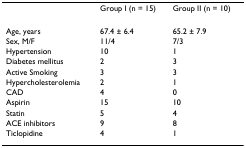
<table><thead><tr><td></td><td><b>Group I (n = 15)</b></td><td><b>Group II (n = 10)</b></td></tr></thead><tbody><tr><td>Age, years</td><td>67.4 ± 6.4</td><td>65.2 ± 7.9</td></tr><tr><td>Sex, M/F</td><td>11/4</td><td>7/3</td></tr><tr><td>Hypertension</td><td>10</td><td>1</td></tr><tr><td>Diabetes mellitus</td><td>2</td><td>3</td></tr><tr><td>Active Smoking</td><td>3</td><td>3</td></tr><tr><td>Hypercholesterolemia</td><td>2</td><td>1</td></tr><tr><td>CAD</td><td>4</td><td>0</td></tr><tr><td>Aspirin</td><td>15</td><td>10</td></tr><tr><td>Statin</td><td>5</td><td>4</td></tr><tr><td>ACE inhibitors</td><td>9</td><td>8</td></tr><tr><td>Ticlopidine</td><td>4</td><td>1</td></tr></tbody></table>